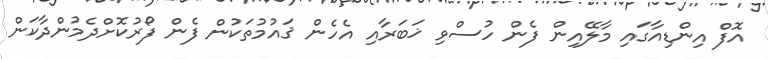
އޮފް އިންޑިއާގައި މާލޭއިން ފެން ހުސްވި ޚަބަރާއި އެހެން ޤައުމުތަކުން ފެން ފޯރުކޮށްދެމުންދާކަން